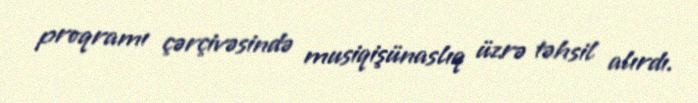
proqramı çərçivəsində musiqişünaslıq üzrə təhsil alırdı.